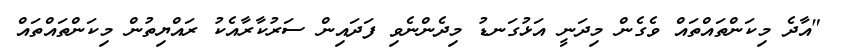
"އާދެ މިކަންތައްތައް ވެގެން މިދަނީ އަޅުގަނޑު މިދެންނެވި ފަދައިން ސަރުކާރާއެކު ރައްޔިތުން މިކަންތައްތައް